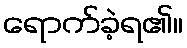
ရောက်ခဲ့ရ၏။